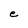
Character: e